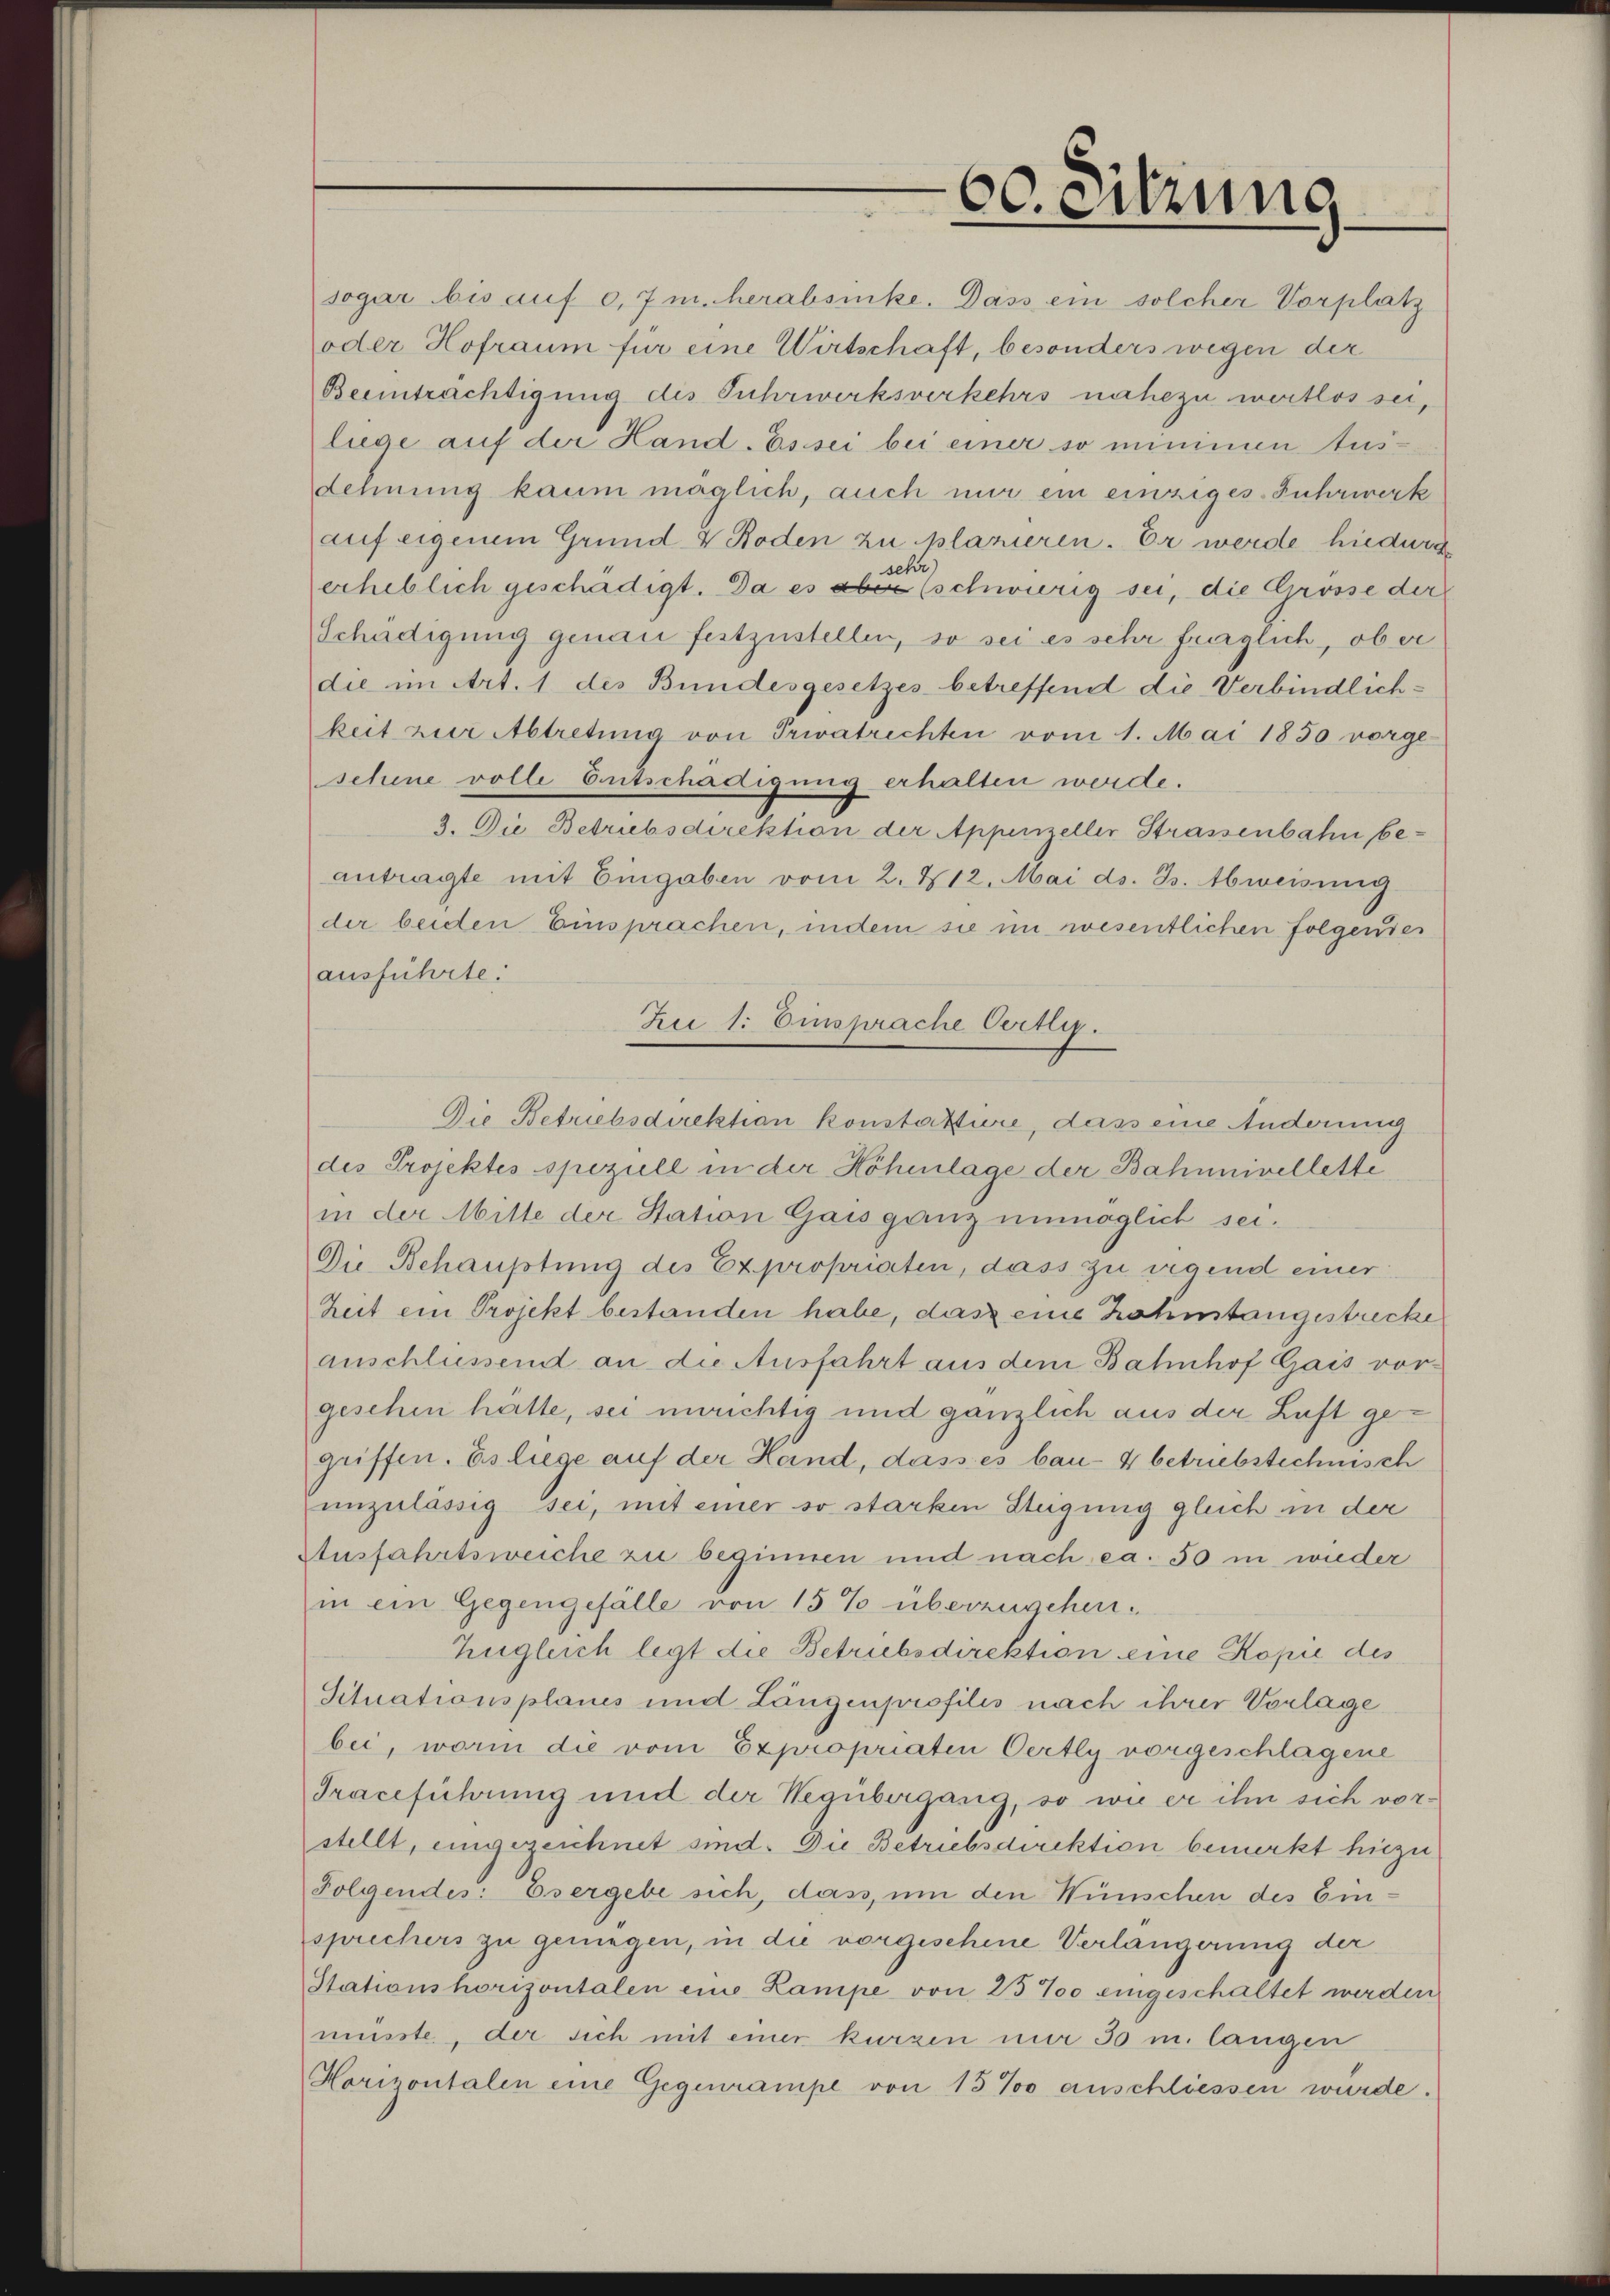
sogar bis auf 0,7 m. herabsinke. Dass ein solcher Vorplatz
oder Hofraum für eine Wirtschaft, besonders wegen der
Beeinträchtigung des Fuhrwerksverkehrs nahezu wertlos sei,
liege auf der Hand-Es sei bei einer so minimen tus-
dehnung kaum möglich, auch nur ein einziges-Fuhrwerk
auf eigenem Grund V Roden zu plazieren. Er werde hiedurch
sehr
erheblich geschädigt. Da es aber (schwierig sei, die Grösse der
Schädigung genau festzustellen, so sei es sehr fraglich, ob er
die im Art. 1 des Bundesgesetzes betreffend die Verbindlich-
keit zur Abtretung von Privatrechten vom 1. Mai 1850 vorge-
sehene volle Entschädigung erhalten werde.
3. Die Betriebsdirektion der Appenzeller Strassenbahn beantragte mit Eingaben vom 2. 412. Mai d. Js. Abweisung
der beiden Einsprachen, indem sie im wesentlichen Folgendes
ausführte.
des Projektes speziell in der Höhenlage der Bahnnivellette
in der Mitte der Station Gais ganz unmöglich sei,
Die Behauptung des Expropriaten, dass zu irgend einer
Zeit ein Projekt bestanden habe, das eine Rahnstangestrecke
anschliessend an die Ausfahrt aus dem Bahnhof Gais vorgeschen hätte, sei unrichtig und gänzlich aus der Luft gegriffen. Es liege auf der Hand, dass es bau- 4 betriebstechnisch
unzulässig sei, mit einer so starken Steigung gleich in der
Ausfahrtsweiche zu beginnen und nach ca. 50 in wieder
in ein Gegengefälle von 15% überzugehen¬
Zugleich legt die Betriebsdirektion eine Kopie des
Situationsplanes und Längenprofilis nach ihrer Vorlage
bei, worin die vom Expropriaten Oertly vorgeschlagene
Traceführung und der Wegübergang, so wie er ihn sich vorstellt, eingezeichnet sind. Die Betriebsdirektion bemerkt hiezu
Folgendes: Es ergebe sich, dass, um den Wünschen des Einsprichers zu geniegen, in die vorgeschene Verlangerung der
Stationshorizontalen eine Lampe von 25 % eingeschaltet werden.
müsste, der sich mit einer kurzen nur 30 m. langen
Horizontalen eine Gegenrampe von 15% anschliessen wurde.

60. Sitzung

Jui 1: Einsprache Oertli.
Die Betriebsdirektion konstattiere, dass eine Anderung